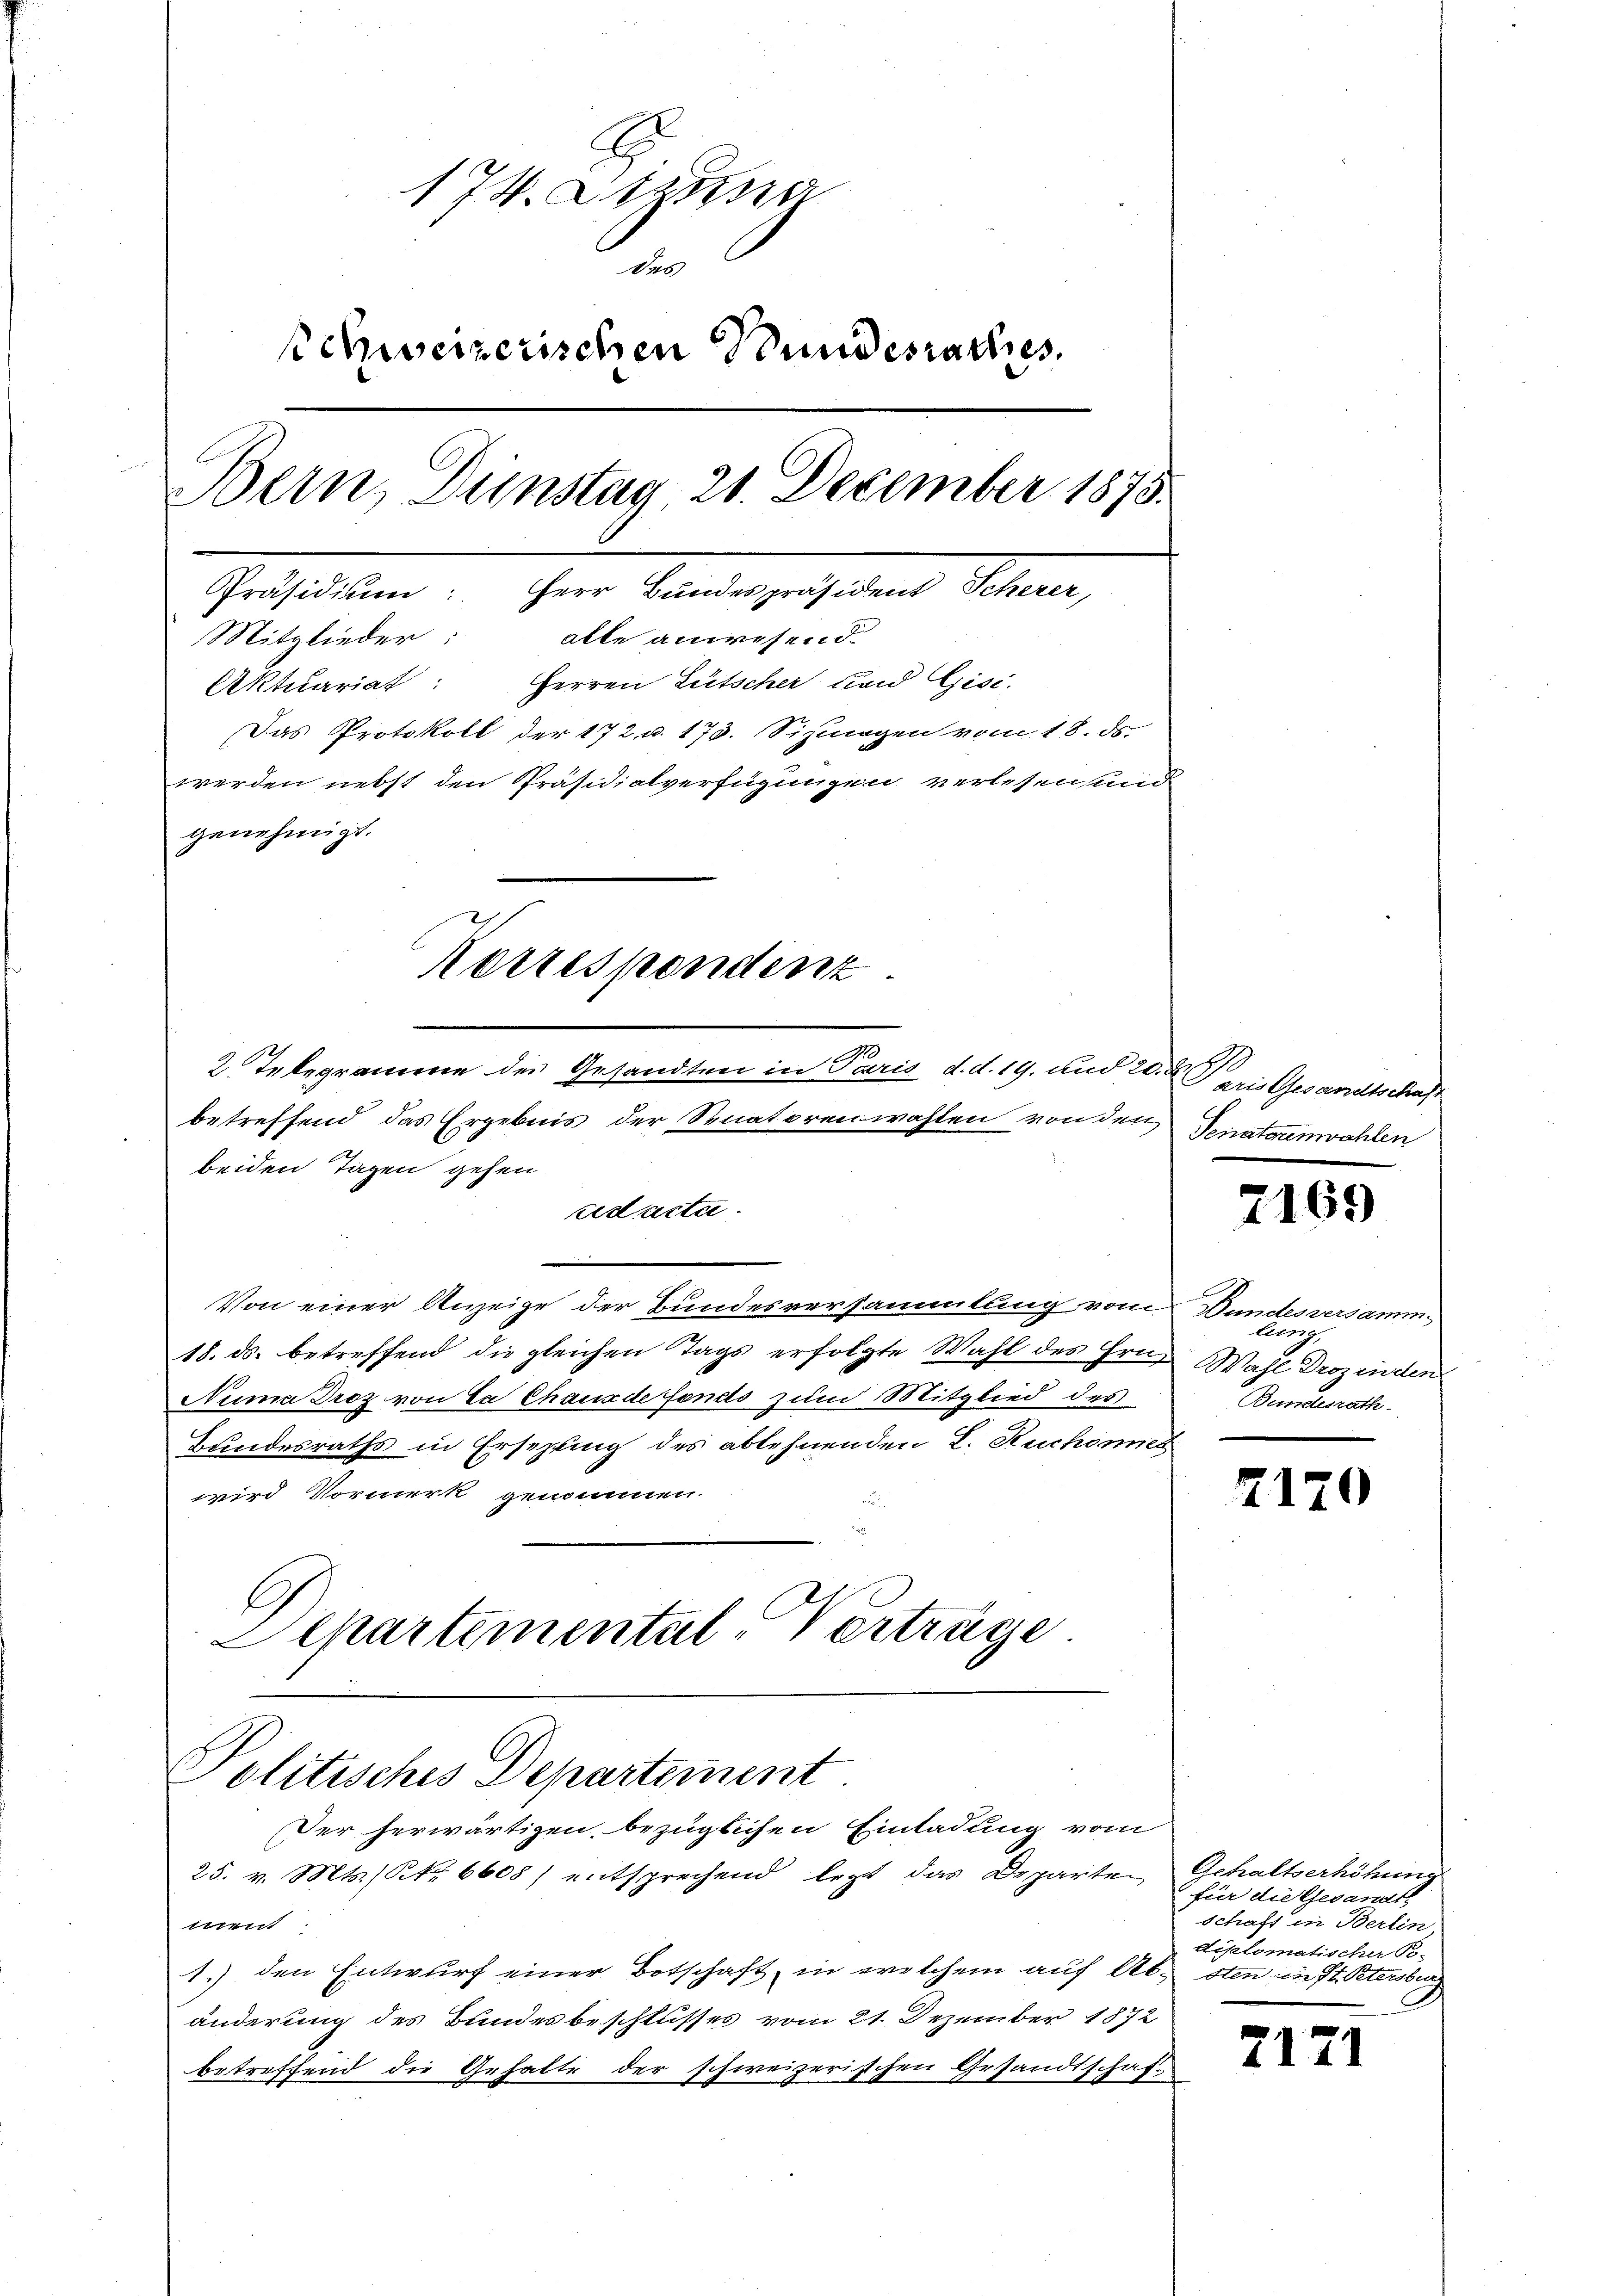
174. Stana
Nos
Schweizerischen Stundesrathes.
Bern, Dunstag 21. December 1875.
Präsidium: Herr Bundespräsident Scherer,
Mitglieder:
alle anwesend.
Aktuariat: Herren Gutscher und Gisi-
Das Protokoll der 172 u. 173. Sizigen vom 18. ds.
werden nebst den Präsidialverfügungen verlesen und
genehmigt.

betreffend das Ergebnis der Senatorenwahlen von den
beiden Tagen gehen
ad acta
Von einer Anzeige der Bundesversammlung vom
18. ds. betreffend die gleichen Tags erfolgte Wahl des Grü¬
Numa Droz von La Chaux de fonds zum Mitglied des
Bundesraths in Ersezung des ablehnenden L. Ruchonnes
wird Vormerk genommen.
Separtemental-Verträge.

Politisches Departement.

Korrespondenz
2. Telegramme der Gesandtrei in Paris d.d. 19. und 20. d.

Der herwärtigen bezüglichen Einladung vom
25. v. Mts. S. 6608) entsprechend letzt das Departen
e
1.) den Entwurf einer Botschaft, in welchem auf Abänderung des Bundesbeschlusses vom 21. Dezember 1872
betreffend die Gehalte der schweizerischen Gesandtschaf¬

aris Gesandtschen.
Senatorenwahlen

u

.

169

Bundesversamm
lung,
Wahl Drozenden
Bundesrath

7170

Gehaltserhöhung
für die Gesandt.
schaft in Berlin
diplomatischer Be-
sten in St. Petersburg

2171